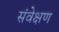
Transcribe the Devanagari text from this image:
संवेक्षण